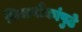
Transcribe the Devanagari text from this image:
विवानौकांपुढे